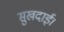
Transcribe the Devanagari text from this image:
सुखदाई।